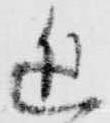
近